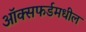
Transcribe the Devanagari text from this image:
ऑक्‍सफर्डमधील